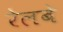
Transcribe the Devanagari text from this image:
रेलबे